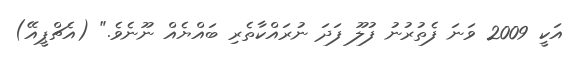
އަކީ 2009 ވަނަ ފެތުރުނު ފުލޫ ފަދަ ނުރައްކާތެރި ބައްޔެއް ނޫނެވެ." (އެޗްޕީއޭ)